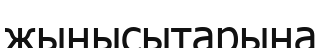
жынысытарына